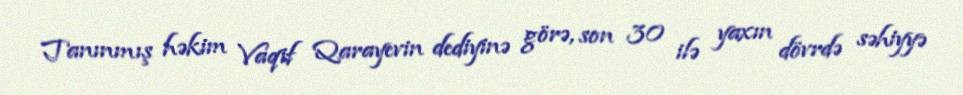
Tanınmış həkim Vaqif Qarayevin dediyinə görə, son 30 ilə yaxın dövrdə səhiyyə